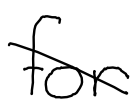
Text: for
Cross-out: diagonal
Writing tool: digital_black